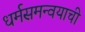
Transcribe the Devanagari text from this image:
धर्मसमन्वयाची